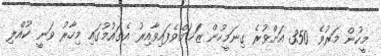
މީހުން މަރުވެ 350 އަށްވުރެ ގިނަމީހުން ޒަޚަމްވެފައިވާއިރު އެގައުމުގައި މިހާރު ވަނީ ކުއްލި